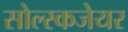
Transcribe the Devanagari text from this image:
सोल्स्कजेयर